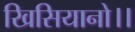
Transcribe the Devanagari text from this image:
खिसियानो।।